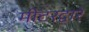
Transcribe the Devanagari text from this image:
मीटरद्वारे